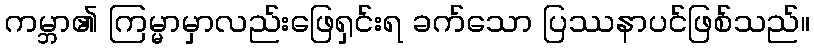
ကမ္ဘာ၏ ကြမ္မာမှာလည်းဖြေရှင်းရ ခက်သော ပြဿနာပင်ဖြစ်သည်။